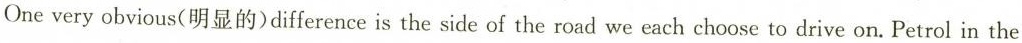
One very obvious(明显的)difference is the side of the road we each choose to drive on. Petrol in the